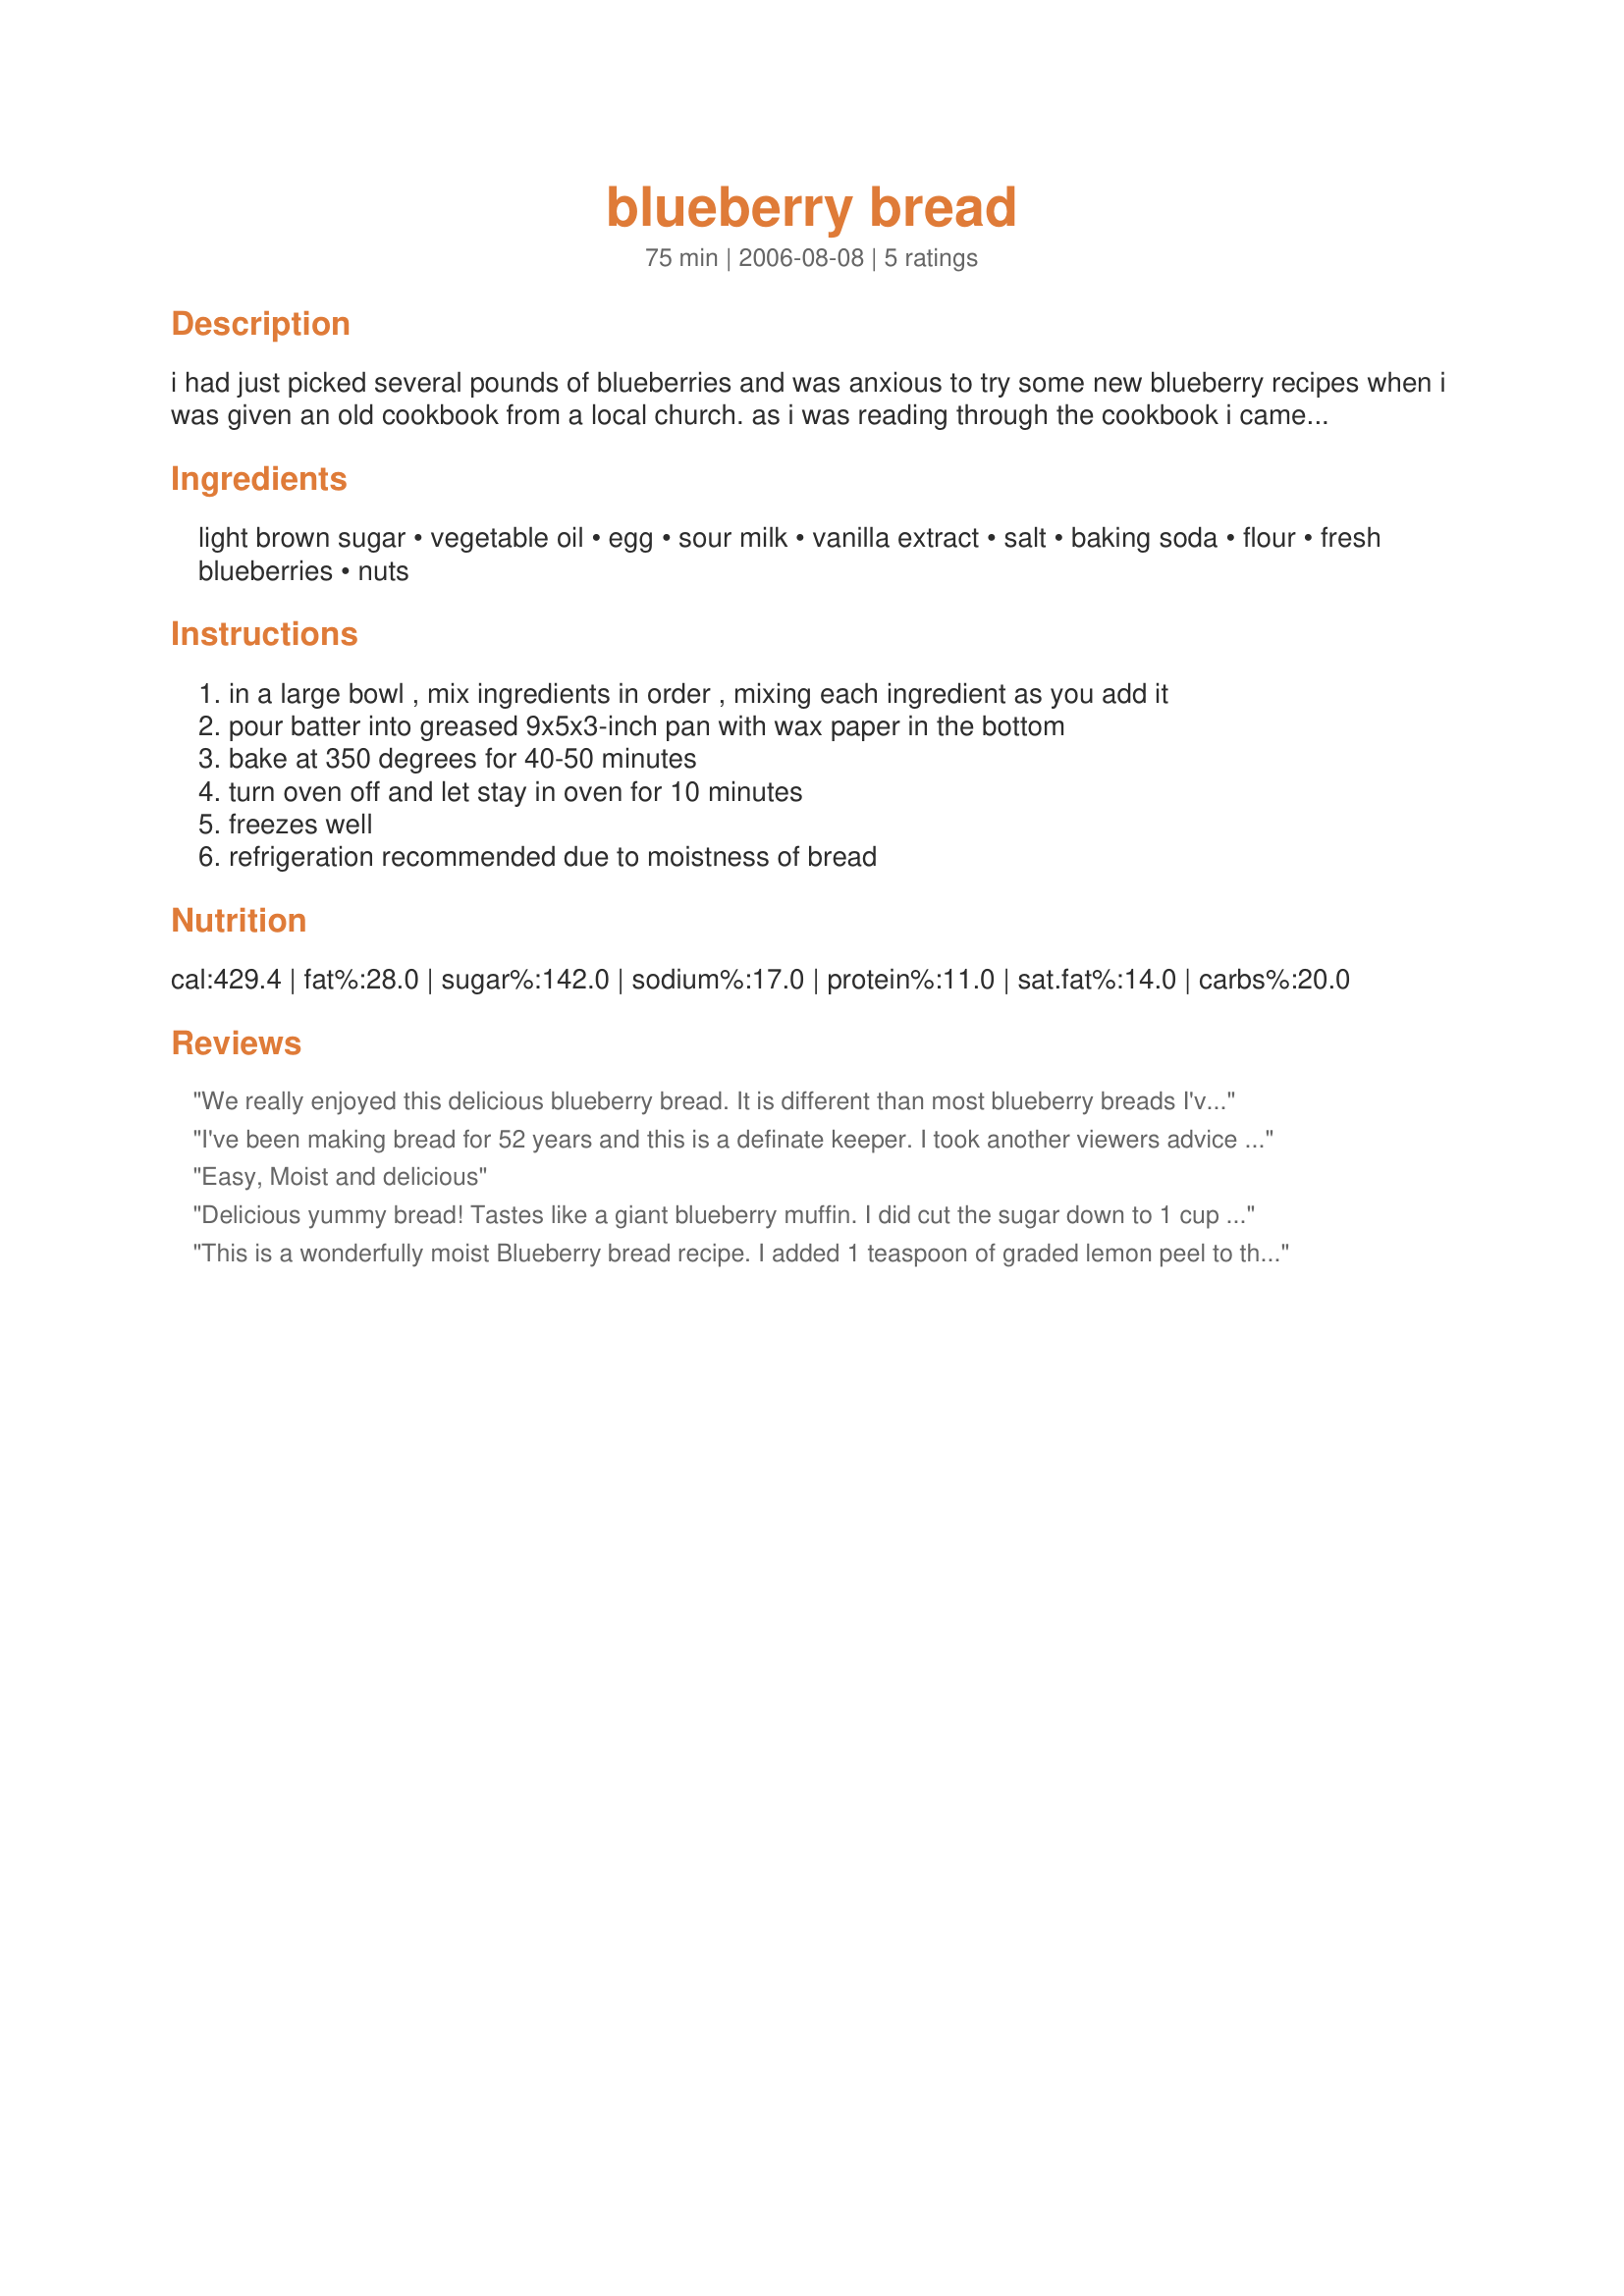
blueberry bread
Preparation time: 75 minutes

i had just picked several pounds of blueberries and was anxious to try some new blueberry recipes when i was given an old cookbook from a local church. as i was reading through the cookbook i came across this bread recipe. this is delicious and so moist--you may want to eat it with a fork!

Ingredients:
light brown sugar, vegetable oil, egg, sour milk, vanilla extract, salt, baking soda, flour, fresh blueberries, nuts

Steps:
in a large bowl , mix ingredients in order , mixing each ingredient as you add it
pour batter into greased 9x5x3-inch pan with wax paper in the bottom
bake at 350 degrees for 40-50 minutes
turn oven off and let stay in oven for 10 minutes
freezes well
refrigeration recommended due to moistness of bread

Reviews:
We really enjoyed this delicious blueberry bread. It is different than most blueberry breads I've had (maybe it was the nuts), but it was quick, easy, and moist. I didn't have sour milk, so I added 1 TBSP. lemon juice to a measuring cup and added milk to measure 1 cup. I stirred and let it stand for 5 minutes. I used lemon extract instead of the vanilla, and pecans for the nuts. Also, I added about 1-1/2 tsp. grated lemon zest to the batter because I think that lemon and blueberry go together so nicely. This was wonderful served warm and spread with butter. Thank you for sharing this great recipe.
*Made for 2009 Spring PAC*
I've been making bread for 52 years and this is a definate keeper. I took another viewers advice and added lemon peel(zest) It turned out so great. I was concerned about the moisture comments, but it did turn out wonderful. Great breakfast bread. I had just made blueberry muffins I found on food.com, and threw them in the garbage. Thanks for posting this Hope more people find it. And you know those church cookbooks are usually put together by the best cooks.
Easy, Moist and delicious
Delicious yummy bread! Tastes like a giant blueberry muffin. I did cut the sugar down to 1 cup for personal preference. It is wonderful spread with cream cheese.
This is a wonderfully moist Blueberry bread recipe. I added 1 teaspoon of graded lemon peel to the mixture and it turned out fantastic! Very simple, very easy. I highly recommend this recipe.
